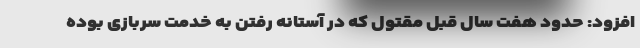
افزود: حدود هفت سال قبل مقتول که در آستانه رفتن به خدمت سربازی بوده